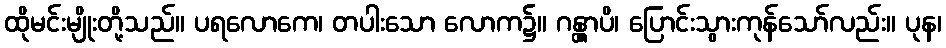
ထိုမင်းမျိုးတို့သည်။ ပရလောကေ၊ တပါးသော လောက၌။ ဂန္တွာပိ၊ ပြောင်းသွားကုန်သော်လည်း။ ပုန၊